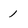
Character: 1